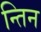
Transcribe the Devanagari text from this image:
न्तिन